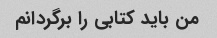
من باید کتابی را برگردانم